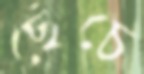
ছেঁচে